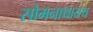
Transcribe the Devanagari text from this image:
सोमनाथायय